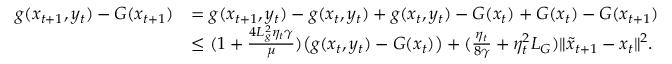
\begin{array} { r l } { g ( x _ { t + 1 } , y _ { t } ) - G ( x _ { t + 1 } ) } & { = g ( x _ { t + 1 } , y _ { t } ) - g ( x _ { t } , y _ { t } ) + g ( x _ { t } , y _ { t } ) - G ( x _ { t } ) + G ( x _ { t } ) - G ( x _ { t + 1 } ) } \\ & { \leq ( 1 + \frac { 4 L _ { g } ^ { 2 } \eta _ { t } \gamma } { \mu } ) \big ( g ( x _ { t } , y _ { t } ) - G ( x _ { t } ) \big ) + ( \frac { \eta _ { t } } { 8 \gamma } + \eta _ { t } ^ { 2 } L _ { G } ) \| \tilde { x } _ { t + 1 } - x _ { t } \| ^ { 2 } . } \end{array}